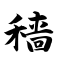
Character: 穑